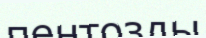
пентозды